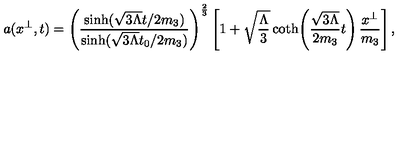
a ( x ^ { \perp } , t ) = \left( \frac { \sinh ( \sqrt { 3 \Lambda } t / 2 m _ { 3 } ) } { \sinh ( \sqrt { 3 \Lambda } t _ { 0 } / 2 m _ { 3 } ) } \right) ^ { \frac { 2 } { 3 } } \left[ 1 + \sqrt { \frac { \Lambda } { 3 } } \coth \! \left( \frac { \sqrt { 3 \Lambda } } { 2 m _ { 3 } } t \right) \frac { x ^ { \perp } } { m _ { 3 } } \right] ,